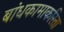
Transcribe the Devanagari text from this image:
बांधकामाकरिता